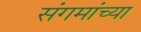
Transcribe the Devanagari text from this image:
संगमांच्या